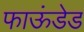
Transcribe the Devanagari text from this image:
फाऊंडेड